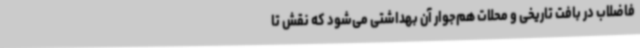
فاضلاب در بافت تاریخی و محلات هم‌جوار آن بهداشتی می‌شود که نقش تا